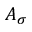
A _ { \sigma }